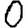
Digit: 0